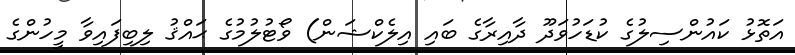
އަތޮޅު ކައުންސިލުގެ ކުޑަހުވަދޫ ދާއިރާގެ ބައި އިލެކްޝަން) ވޯޓުލުމުގެ ޙައްޤު ލިބިފައިވާ މީހުންގެ